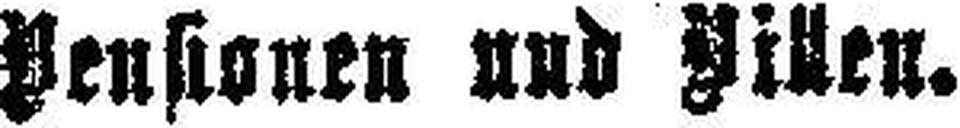
Pensionen und Villen.